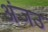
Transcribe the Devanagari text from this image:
अंजउ